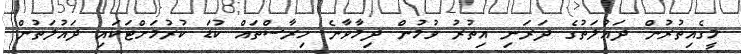
މީގެއިތުރުން ދައުލަތުގެ ދަރަނި އިތުރު ވުމުން ދިމާވާނެ ހިރާސްތައް ކުޑަ ކުރުމަށްޓަކައި ދައުލަތުން